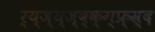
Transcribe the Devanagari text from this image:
र्य्ज्य्ज्ब्क्ग्फ्र्स्र्द